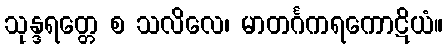
သုန္ဒရတ္တေ စ သလိလေ၊ မာတင်္ဂကရကောဋိယံ။